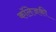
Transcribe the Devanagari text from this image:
कॉलेजकी